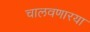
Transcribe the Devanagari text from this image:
चालवणारया